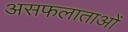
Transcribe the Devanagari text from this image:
असफलाताओं